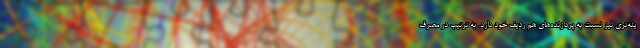
ینه‌تری نیز نسبت به پردازنده‌های هم ردیف خود دارد. به ترتیب در مصرف